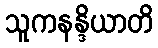
သူကနန္ဒိယာတိ